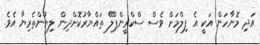
އަދި މޮނާހަން އަކީ އެ ފިލްމަށް ވެސް ސްކްރީންޕްލޭ ތައްޔާރުކޮށްދިން ލިޔުންތެރިޔާ އެވެ.